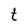
Character: t